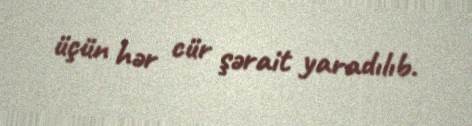
üçün hər cür şərait yaradılıb.